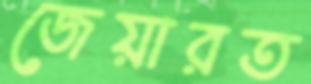
জেয়ারত